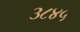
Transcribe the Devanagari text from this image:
३८४५